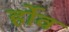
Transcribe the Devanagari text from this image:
र्होव